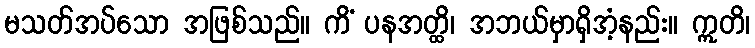
မသတ်အပ်သော အဖြစ်သည်။ ကိံ ပနအတ္ထိ၊ အဘယ်မှာရှိအံ့နည်း။ ဣတိ၊